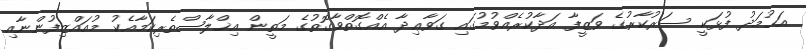
އަޙުމަދު ފުޅަކީ ސަރުކާރުގެ ވަޒީފާ އަދާކުރެއްވުމުގައި ގަވާޢިދާ އެއްގޮތްވާގޮތުގެ މަތީން އިޚްލާޞްތެރިކަމާއެކު މުއައްޒިފުންނާއި